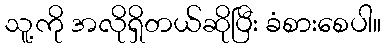
သူ့ကို အလိုရှိတယ်ဆိုပြီး ခံစားစေပါ။